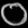
Digit: ၀